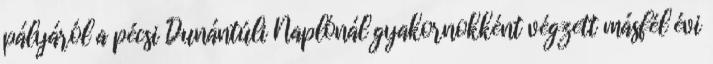
pályáról a pécsi Dunántúli Naplónál gyakornokként végzett másfél évi